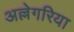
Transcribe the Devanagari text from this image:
अल्लेगरिया